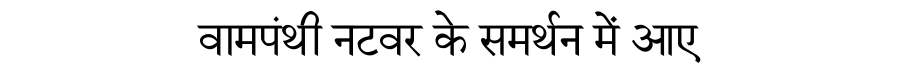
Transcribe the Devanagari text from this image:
वामपंथी नटवर के समर्थन में आए